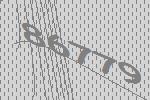
86779